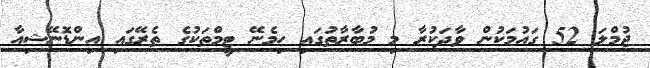
ޖުމްލަ 52 ގައުމަކުން ވާދަކުރާ މި މުބާރާތުގައި ހިމެނޭ ޓީމްތަކުގެ ތެރޭގައި އިންޑޮނޭޝިއާ